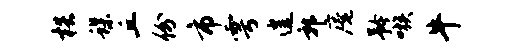
梏蝶丘份市雩遑郭庵矜嗾牛